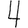
Digit: 4